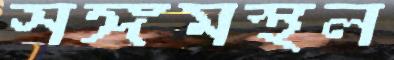
সঙ্গমস্থল